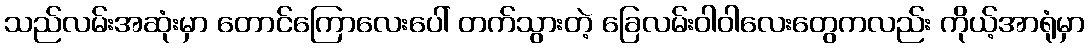
သည်လမ်းအဆုံးမှာ တောင်ကြောလေးပေါ် တက်သွားတဲ့ ခြေလမ်းဝါဝါလေးတွေကလည်း ကိုယ့်အာရုံမှာ